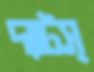
দ্যাটস্